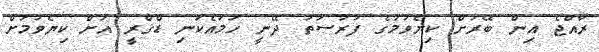
ރާއްޖެ އިން ބޭރަށް ކިޔެވުމުގެ ފުރުސަތު ދޭނީ ހަމައެކަނި ޑްގްރީ އަށް ކިޔެވުމަށް